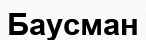
Баусман